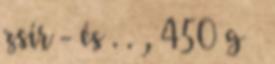
zsír - és . . , 450 g